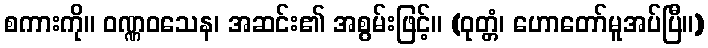
စကားကို။ ဝဏ္ဏဝသေန၊ အဆင်း၏ အစွမ်းဖြင့်။ (ဝုတ္တံ၊ ဟောတော်မူအပ်ပြီ။)